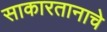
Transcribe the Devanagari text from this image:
साकारतानाचे